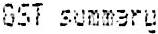
GST SUMMARY